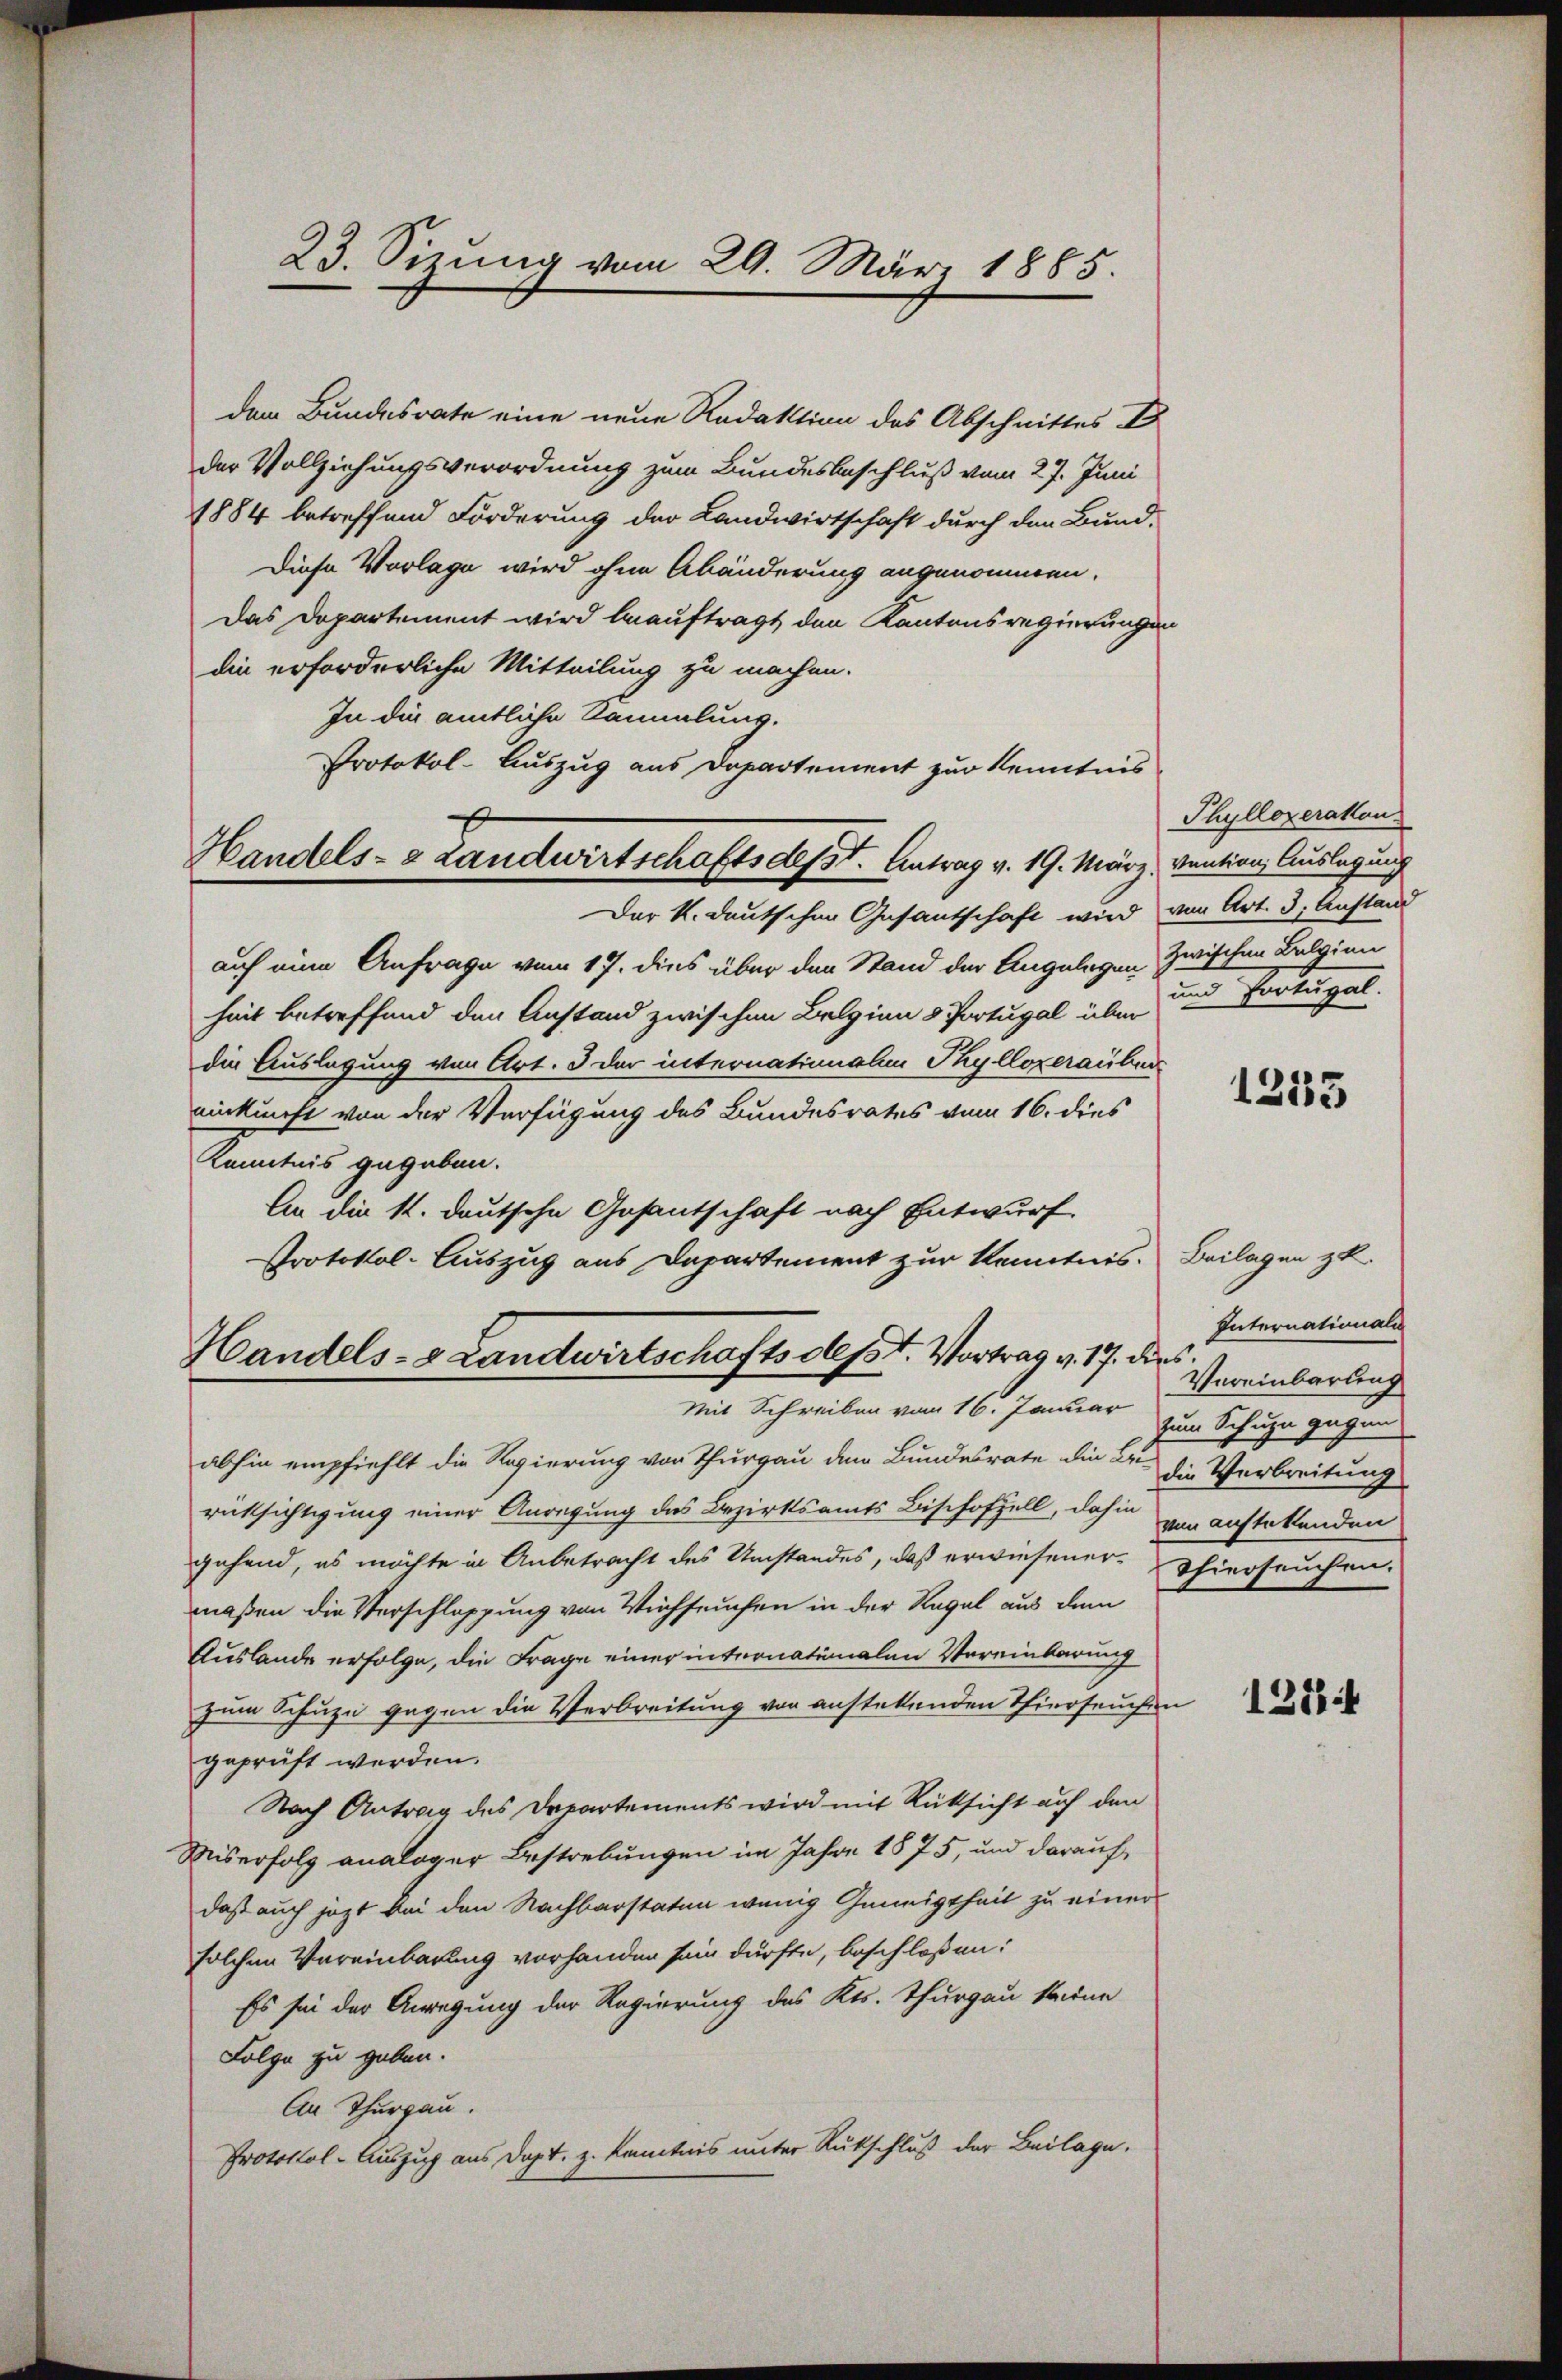
23. Sizung vom 29. März 1885.

dem Bundesrate eine neue Redaktion des Abschnittes D
der Vollziehungsverordnung zum Bundesbeschluß vom 27. Juni
1884 betreffend Forderung der Landwirtschaft durch den Bund-
Diese Vorlage wird ohne Abänderung angenommen.
Das Departement wird beauftragt den Kantonsregierungen
die erforderliche Mitteilung zu machen.
In die amtliche Sammlung.
Protokol-Auszug aus Departement zur Kenntnis
Der K. deutschen Gesantschaft wird von Art. 3, Anstand
auf eine Anfrage vom 17. dies über den Stand der Angelegen zwischen Belgien
heit betreffend den Anstand zwischen Belgien 8 Portugal über
die Auslegung von Art. 3 der internationalen Phyllozerauben
einkunft von der Verfügung des Bundesrates vom 16. dies
Kenntnis gegeben.
An die 1. deutsche Gesantschaft nach Entwurf
Protokol-Auszug aus Departement zur Kenntnis. Beilagen zu.
Handels- & Landwirtschafts desst. Vortrag v. 17. die Vereinbarteng

Handels- & Landwirtschafts desst. Antrag v. 19. März, vention, Auslegung

Mit Schreiben vom 16. Januar
abhin empfiehlt die Regierung von Thurgau dem Bundesrate die Bri-
rücksichtigung einer Anregung des Bezirksamts Bischofzell, dahin von anstettenden
gehend, es möchte in Anbetracht des Umstandes, daß erwiesener Thierseuchen-
maßen die Verschleppung von Viehseuchen in der Regal aus dem
Auslande erfolge, die Frage einer internationalen Vereinbarung
zum Schuze gegen die Verbreitung von anstetenden Thierseuchen
geprüft werden.
Nach Antrag des Departements wird mit Rüksicht auf den
Miserfolg analoger Bestrebungen im Jahre 1875, und darauf,
daß auch jezt bei den Nachbarstaten wenig Geneigtheit zu einer
solchen Vereinbarung vorhanden sein dürfte, beschloßen:
Es sei der Anregung der Regierung des Kts. Thurgau seine
Folge zu geben.
An Thurgau.
Protokol-Auszug aus Dopt, z. Kenntnis unter Rutschluß der Beilage.

Phyllozerakon
und Portugal.

Internationali
zum Schuze gegen
die Verbreitung

1255

1311 f